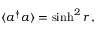
\langle a ^ { \dagger } a \rangle = \sinh ^ { 2 } r \, ,